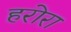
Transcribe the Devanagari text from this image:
हरोरा